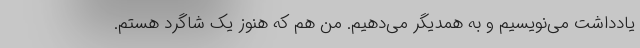
یادداشت می‌نویسیم و به همدیگر می‌دهیم. من هم که هنوز یک شاگرد هستم.